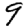
Digit: 9